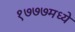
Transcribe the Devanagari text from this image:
१७७७मध्ये